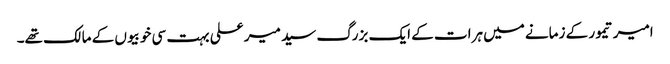
امیر تیمور کے زمانے میں ہرات کے ایک بزرگ سید میر علی بہت سی خوبیوں کے مالک تھے۔